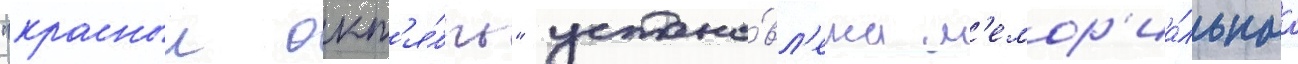
"красныи окт'я́брь" устано́вл'ена м'емор'иа́льнаа